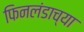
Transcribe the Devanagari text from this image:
फिनलंडाच्या